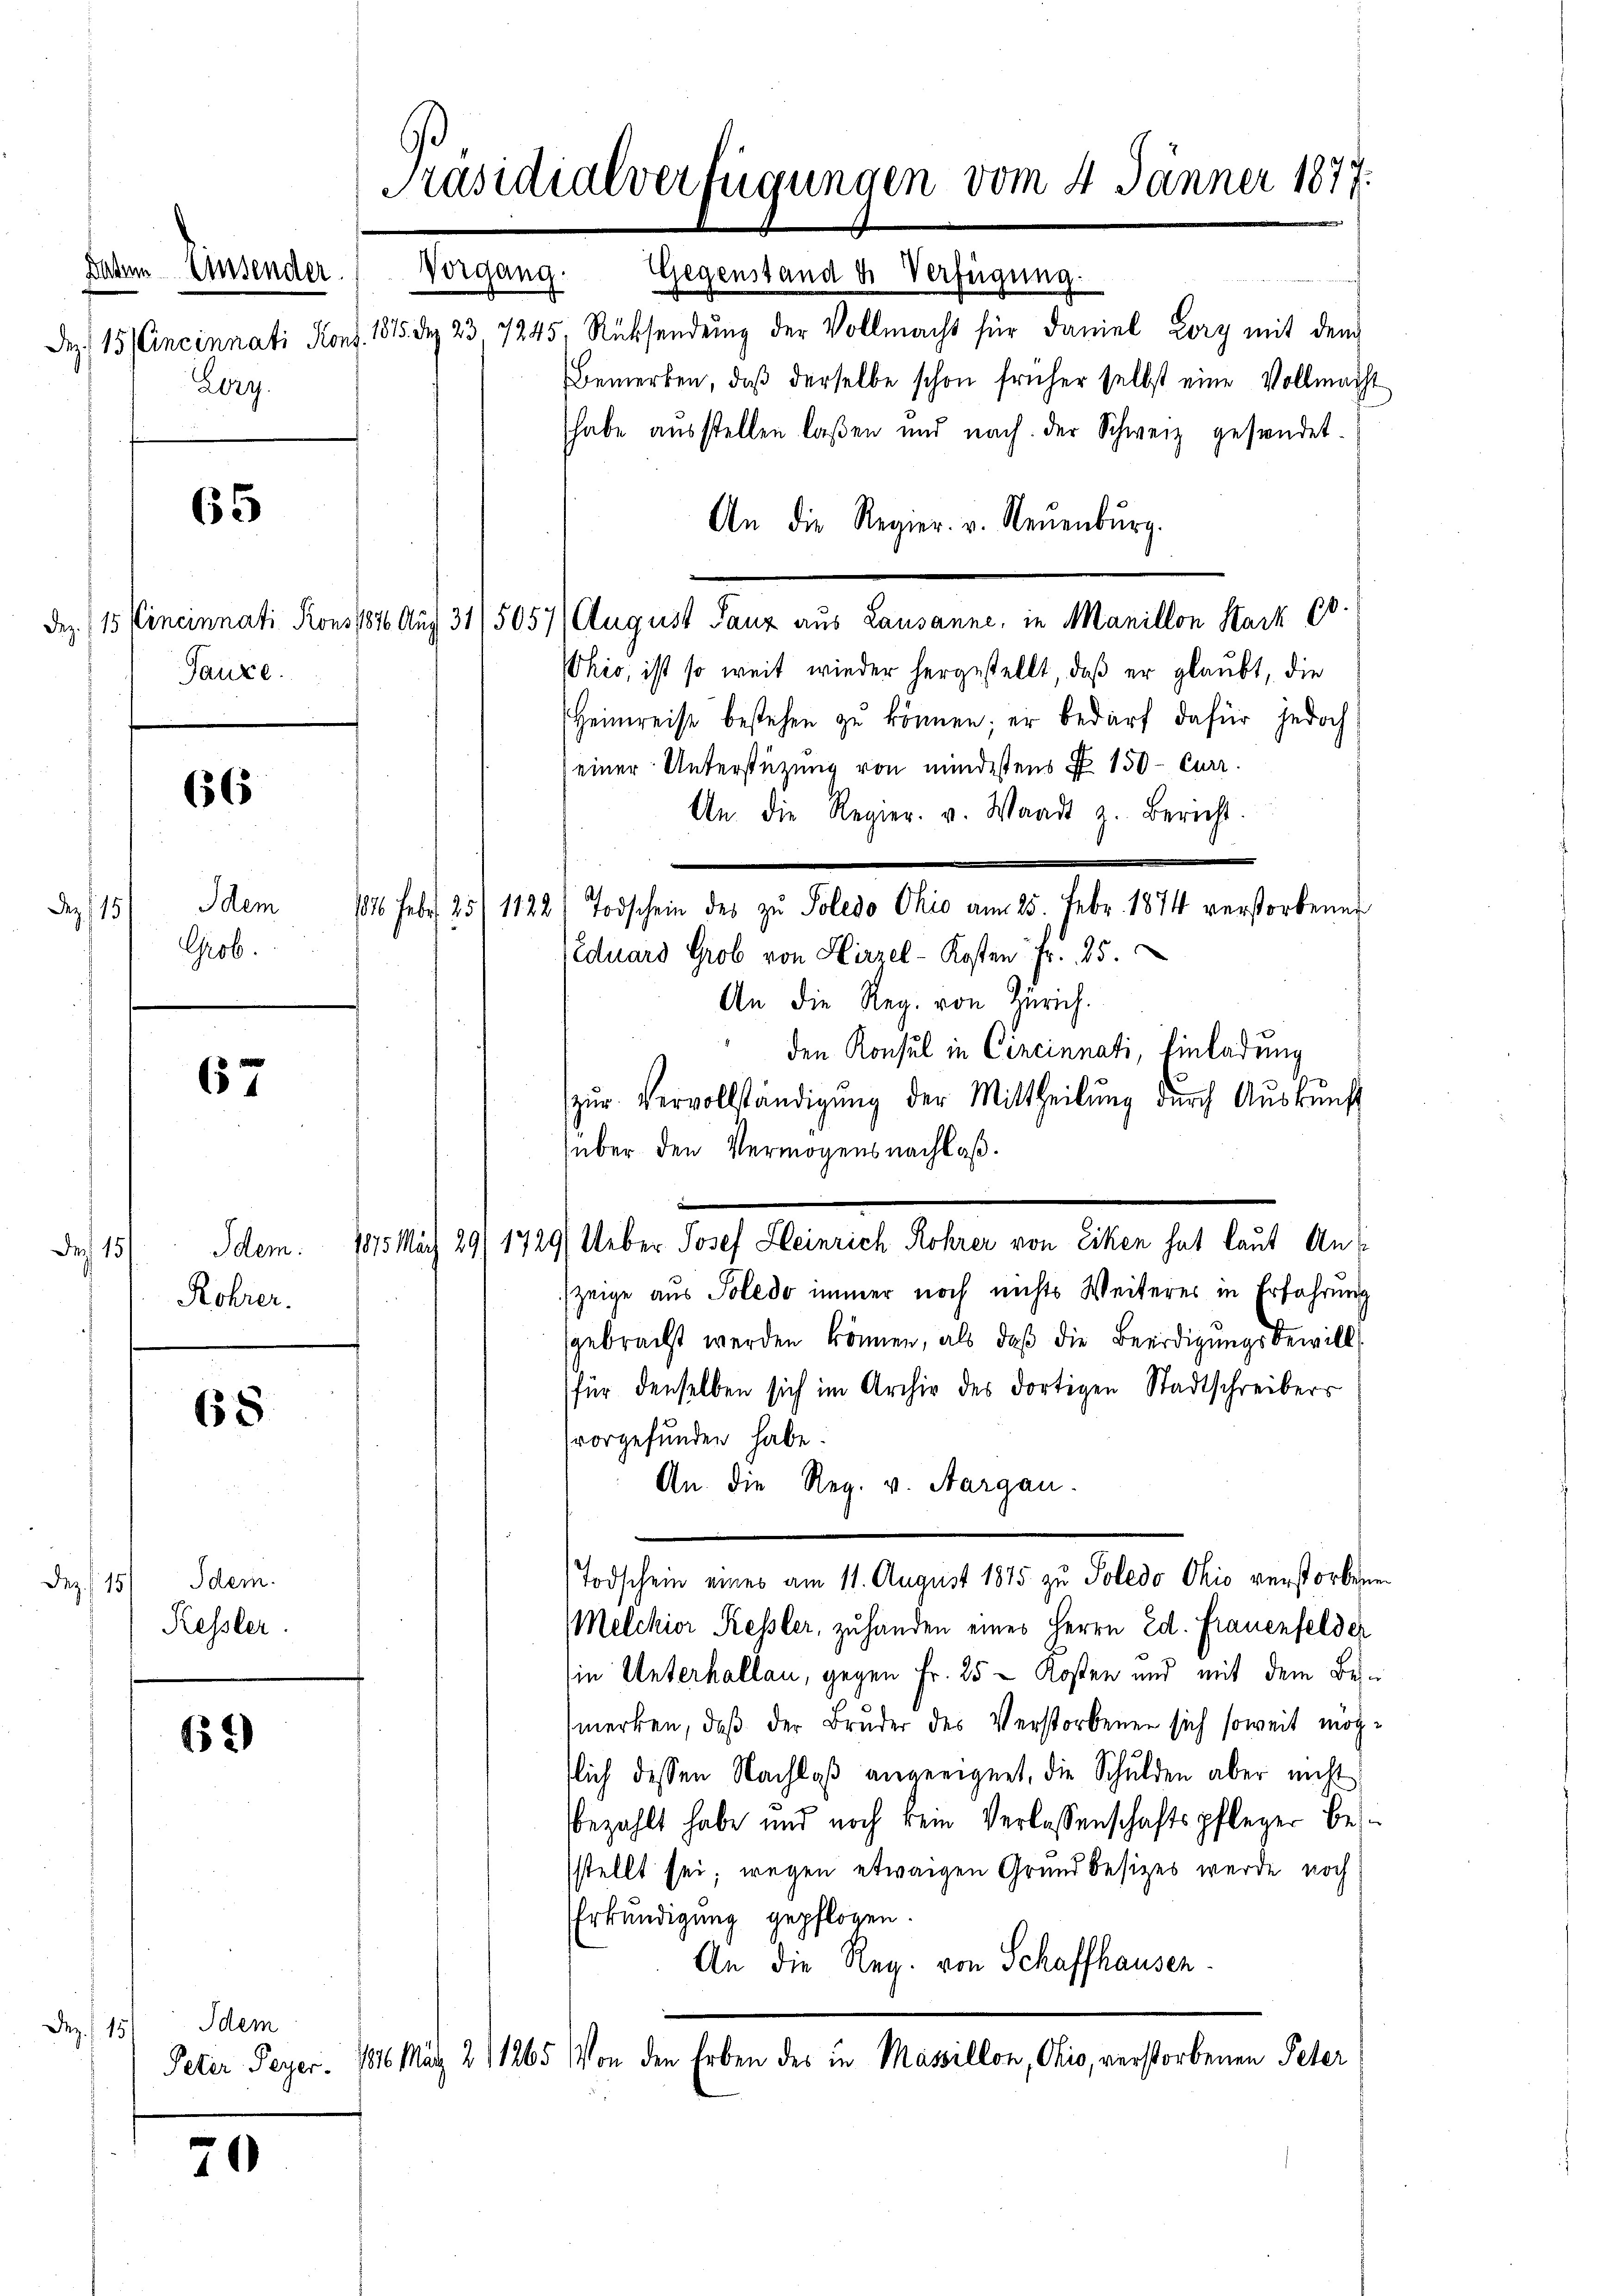
daten Einsender
de
Lry.

65

Sauce.

66

Idem
Dez. 15
Grob.

67

Idem:
Fr. 15
Rohrer.

68

Idem.
Dez.
15/
Kessler.

69)

15 Cincinnati Mons. 1815. d. 23, 7245, Rücksendŭng der Vollmacht für Daniel Lorz mit dem
Bemerken, daβ derselbe schon früher selbst eine Vollmacht
habe ausstellen laßen und nach der Schweiz gesundet.
An die Regier. v. Neuenburg.
Dez. 115 Vincinnati Krons 1876 Auf 31/5057/ August Tanz aus Lausanne, in Manillon Hark 60
Whio, ist so weit wieder hergestellt, daß er glaubt, die
Heimreise bestehen zu können; er bedarf dafür jedoch
einer Unterstützung von mindestens P. 150 - Curr.
An die Regier. v. Waadt z. Bericht.
Eduard Grob von Hirzel-Kosten fr. 25.
An die Reg. von Zürich.
den Konsul in Cincinnati, Einladung
zŭr Vervollständigŭng der Mittheilŭng dŭrch Aŭskŭnft
über den Vermögensnachlaß.
d
1815 März 29/ 1729/ Ueber Josef Kleinrich Rohrer von Ecken hat laut Anzeige aus Poledo immer noch nichts Weiteres in Erfahrung
gebracht werden können, als daß die Beerdigungsbewill
für denselben sich im Archiv des dortigen Stadtschreibers
vorgefunden habe.
An. die Reg. v. Aargau.
Todschein eines am 11. August 1875 zu Soledo Ohio verstorben
Melchior Kessler, zuhanden eines Herrn Ed. Frauenfelder
in Unterhallau, gegen Fr. 25 Kosten und mit dem Beimerken, daß der Bruder des Verstorbenen sich soweit möch
tlich dessen Nachlaβ angeeignet, die Schulden aber nicht
bezahlt habe und noch kein Verlassenschaftspfleger besstellt sei; wegen etwaigen Grundbesizes wurde noch
Erkundigung gepflogen.
An die Reg. von Schaffhausen.
Peter Peyer. 1816. März 21265 Von den Erben des in Massillon, Ohio, verstorbenen Peter

Dez. 15) dem

70

Präsidialverfügungen vom 4. Jänner 1877.
Vorgang. Gegenstand u. Verfügung.

126. Febr. 25, 1122) Todschein des zŭ Poledo Ohio am 25. Febr. 1874 verstorbenen